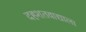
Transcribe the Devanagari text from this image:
दहशतवाद्याला